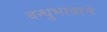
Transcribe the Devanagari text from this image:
बन्धुभावाने